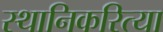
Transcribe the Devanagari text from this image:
स्थानिकरित्या